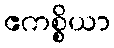
ဧကစ္စိယာ